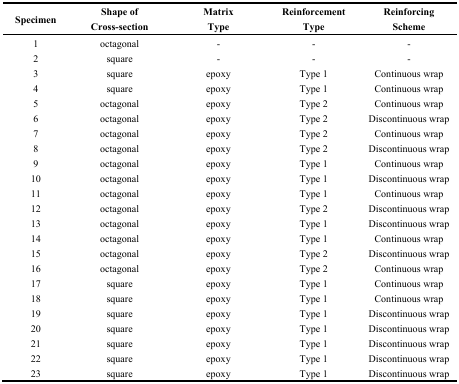
<table><thead><tr><td><b>Specimen</b></td><td><b>Shape of Cross-section</b></td><td><b>Matrix Type</b></td><td><b>Reinforcement Type</b></td><td><b>Reinforcing Scheme</b></td></tr></thead><tbody><tr><td>1</td><td>octagonal</td><td>-</td><td>-</td><td>-</td></tr><tr><td>2</td><td>square</td><td>-</td><td>-</td><td>-</td></tr><tr><td>3</td><td>square</td><td>epoxy</td><td>Type 1</td><td>Continuous wrap</td></tr><tr><td>4</td><td>square</td><td>epoxy</td><td>Type 1</td><td>Continuous wrap</td></tr><tr><td>5</td><td>octagonal</td><td>epoxy</td><td>Type 2</td><td>Continuous wrap</td></tr><tr><td>6</td><td>octagonal</td><td>epoxy</td><td>Type 2</td><td>Discontinuous wrap</td></tr><tr><td>7</td><td>octagonal</td><td>epoxy</td><td>Type 2</td><td>Continuous wrap</td></tr><tr><td>8</td><td>octagonal</td><td>epoxy</td><td>Type 2</td><td>Discontinuous wrap</td></tr><tr><td>9</td><td>octagonal</td><td>epoxy</td><td>Type 1</td><td>Continuous wrap</td></tr><tr><td>10</td><td>octagonal</td><td>epoxy</td><td>Type 1</td><td>Discontinuous wrap</td></tr><tr><td>11</td><td>octagonal</td><td>epoxy</td><td>Type 1</td><td>Continuous wrap</td></tr><tr><td>12</td><td>octagonal</td><td>epoxy</td><td>Type 2</td><td>Discontinuous wrap</td></tr><tr><td>13</td><td>octagonal</td><td>epoxy</td><td>Type 1</td><td>Discontinuous wrap</td></tr><tr><td>14</td><td>octagonal</td><td>epoxy</td><td>Type 1</td><td>Continuous wrap</td></tr><tr><td>15</td><td>octagonal</td><td>epoxy</td><td>Type 2</td><td>Discontinuous wrap</td></tr><tr><td>16</td><td>octagonal</td><td>epoxy</td><td>Type 2</td><td>Continuous wrap</td></tr><tr><td>17</td><td>square</td><td>epoxy</td><td>Type 1</td><td>Continuous wrap</td></tr><tr><td>18</td><td>square</td><td>epoxy</td><td>Type 1</td><td>Continuous wrap</td></tr><tr><td>19</td><td>square</td><td>epoxy</td><td>Type 1</td><td>Discontinuous wrap</td></tr><tr><td>20</td><td>square</td><td>epoxy</td><td>Type 1</td><td>Discontinuous wrap</td></tr><tr><td>21</td><td>square</td><td>epoxy</td><td>Type 1</td><td>Discontinuous wrap</td></tr><tr><td>22</td><td>square</td><td>epoxy</td><td>Type 1</td><td>Discontinuous wrap</td></tr><tr><td>23</td><td>square</td><td>epoxy</td><td>Type 1</td><td>Discontinuous wrap</td></tr></tbody></table>